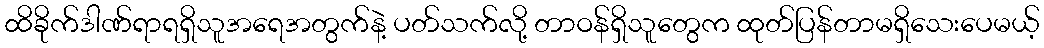
ထိခိုက်ဒါဏ်ရာရရှိသူအရေအတွက်နဲ့ ပတ်သက်လို့ တာဝန်ရှိသူတွေက ထုတ်ပြန်တာမရှိသေးပေမယ့်